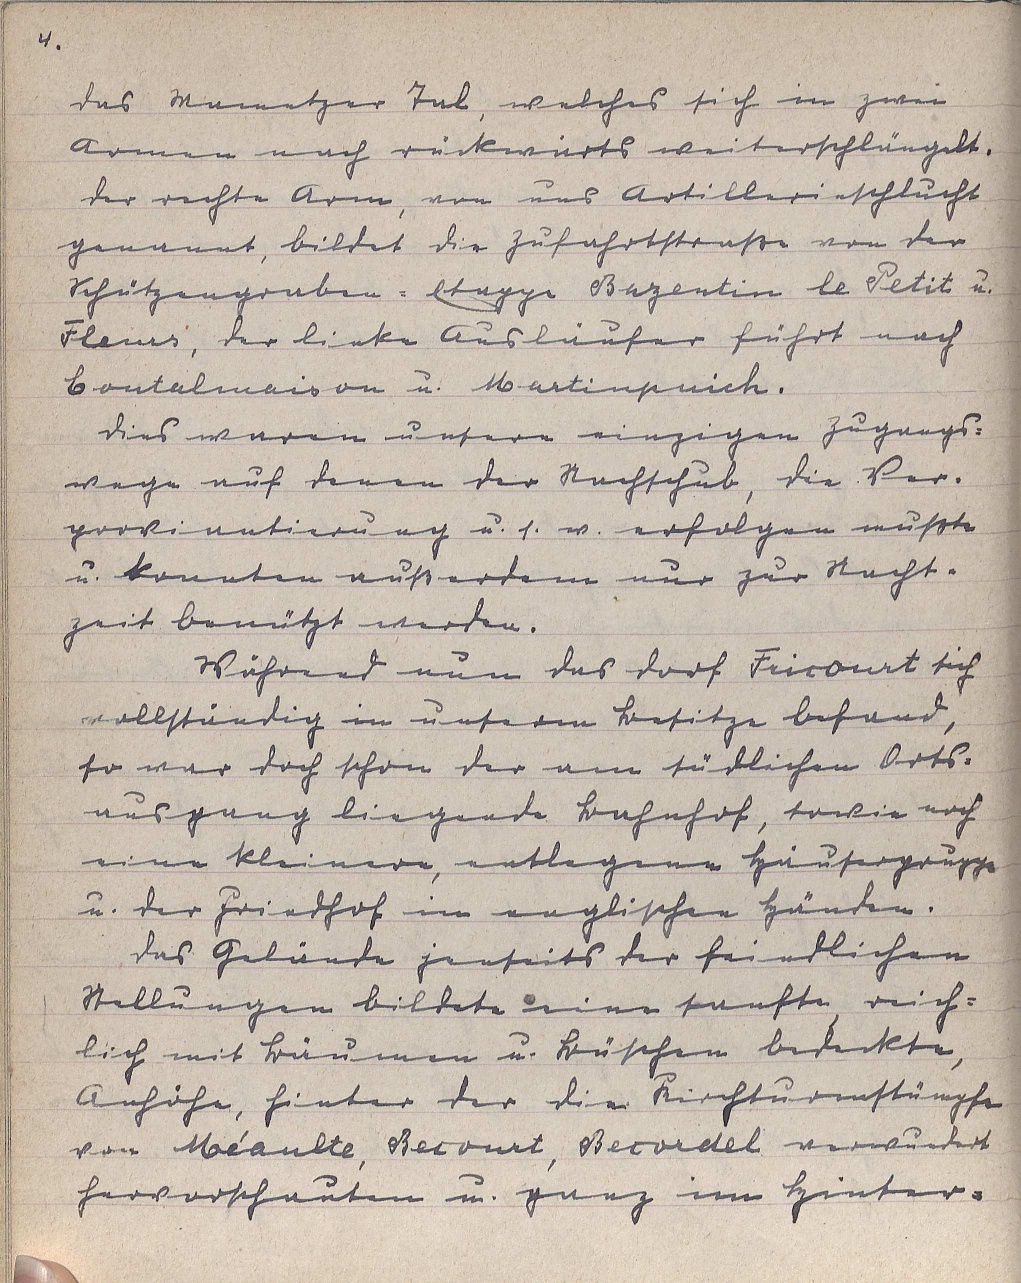
4.
das Mametzer Tal, welches sich in zwei
Armen nach rückwärts weiterschlängelt.
Der rechte Arm, von uns Artillerieschlucht
genannt, bildet die Zufahrtstraße von der
Schützengraben-Etappe Bazentin le Petit u.
Fleurs, der linke Ausläufer führt nach
Contalmaison u. Martinpuich.
Dies waren unsere einzigen Zugangs¬
wege auf denen der Nachschub, die Ver¬
proviantierung u. s. w. erfolgen mußte
u. konnten außerdem nur zur Nacht¬
zeit benützt werden.
Während nun das Dorf Fricourt sich
vollständig in unserm Besitze befand,
so war doch schon der am südlichen Orts¬
ausgang liegende Bahnhof, sowie noch
eine kleinere, entlegene Häusergruppe
u. der Friedhof in englischen Händen.
Das Gebäude jenseits der feindlichen
Stellungen bildete eine sanfte, reich¬
lich mit Bäumen u. Büschen bedeckte,
Anhöhe, hinter der die Kirchturmstümpfe
von Méaulte, Becourt, Becordel verwundert
hervorschauten u. ganz im Hinter¬